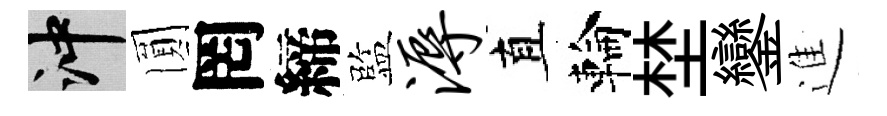
冲圎罔締監溽直輪埜鑾進